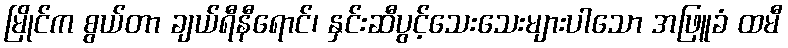
မြိုင်က စွယ်တာ ချယ်ရီနီရောင်၊ နှင်းဆီပွင့်သေးသေးများပါသော အဖြူခံ ထမီ